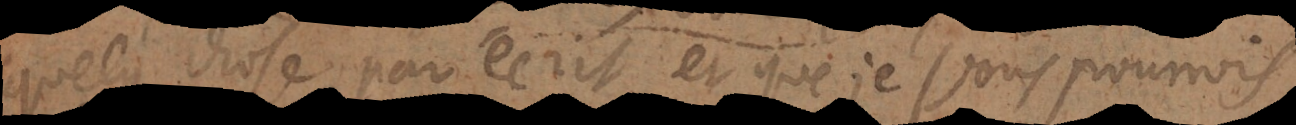
quelque chose par écrit et que je vous pourrois